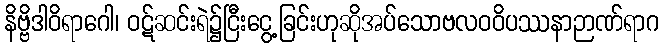
နိဗ္ဗိဒါဝိရာဂေါ၊ ဝဋ်ဆင်းရဲ၌ငြီးငွေ့ခြင်းဟုဆိုအပ်သောဗလဝဝိပဿနာဉာဏ်ရာဂ